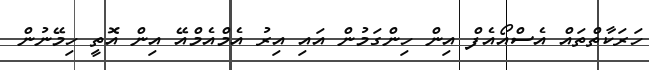
ހަރަކާތްތައް އެސްއޯއެފް އިން ހިންގަމުން އައި އިރު އެމްއެމްއޭ އިން އޮތީ ހިމޭނުން